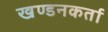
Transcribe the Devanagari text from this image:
खण्डनकर्ता